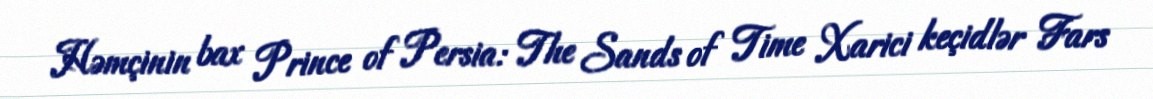
Həmçinin bax Prince of Persia: The Sands of Time Xarici keçidlər Fars